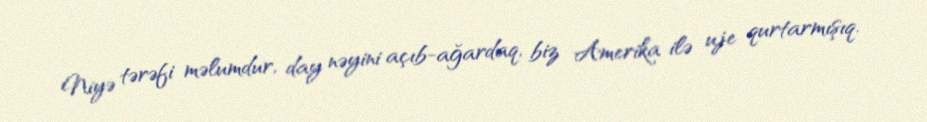
Niyə tərəfi məlumdur, day nəyini açıb-ağardaq, biz Amerika ilə uje qurtarmışıq.